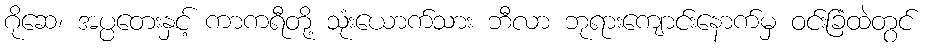
ဂိုဆေ၊ အပ္ပတေးနှင့် ကာကရီတို့ သုံးယောက်သား ဘီလာ ဘုရားကျောင်းနောက်မှ ဝင်းခြံထဲတွင်